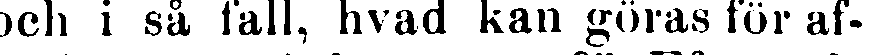
och i så fall, hvad kan göras för af-